Civil Veterinary Dept. Assam report 1927-50 - 1927-1950
Year: 1927
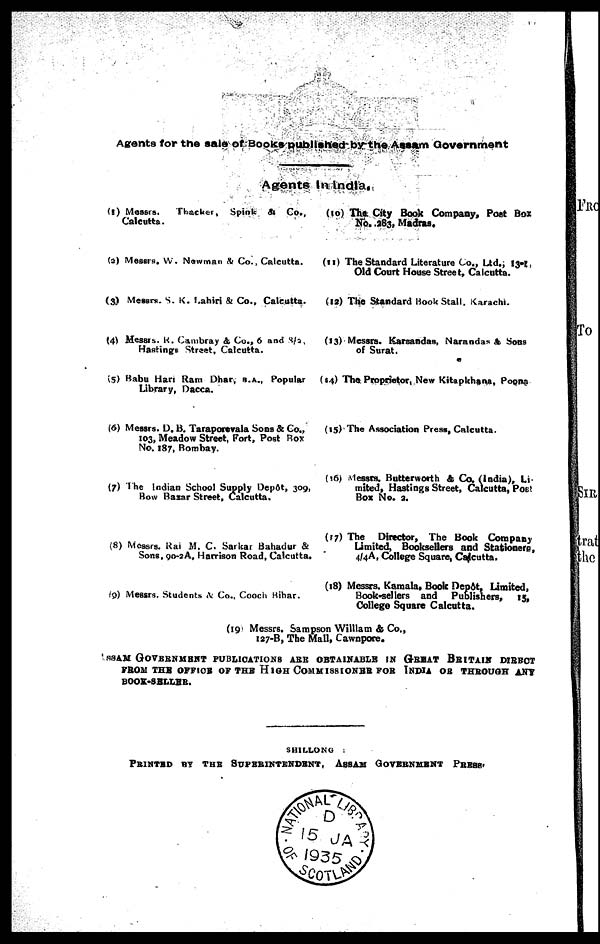
Agents for the sale of Books published by the Assam Government
Agents In India.
(1) Messrs.
Thacker, Spink & Co.,
Calcutta.
(a) Messrs. W. Nowman & Co., Calcutta.
(3) Messrs. S. K. Lahiri & Co., Calcutta.
(4) Messrs. K. Cambray & Co., 6 and 8/3,
Hastings Street, Calcutta.
(5) Babu Han Ram Dhar, B.A., Popular
Library, Dacca.
(6) Messrs. D. B. Taraporavala Sons & Co.,
103, Meadow Street, Port, Post Box
No. 187, Bombay.
(7) The Indian School Supply Depot, 309,
How Basar Street, Calcutta.
(8) Messrs. Rai M. C. Sarkar Bahadur &
Sons, 99-2A, Harrison Road, Calcutta,
(9) Messrs. Students N Co., Cooch Bihar.
(10) The City Book Company, Post Box
No. 283, Madras.
(11) The Standard Literature Co., Ltd., 13-1,
Old Court House Street, Calcutta.
(12) The Standard Book Stall. Karachi.
(13) Messrs. Karaandas, Narandas & Sons
of Surat.
(14) The Proprietor, New Kitapkhana, Poons
(15) The Association Press, Calcutta.
(16) Messes. Butterworth & Co. (India), Li-
mited, Hastings Street, Calcutta, Post
Box No. 3.
(17) The Director, The Book Company
Limited, Booksellers and Stationers,
4/4A, College Square, Calcutta.
(18) Messrs. Kamala, Book Depôt, Limited,
Book-sellers and Publishers, 15,
College Square Calcutta.
(19 Messrs. Sampson William & Co.,
127-B, The Mall, Cawnpore.
ASSAM GOVERNMENT PUBLICATIONS ARE OBTAINABLE IN GREAT BRITAIN DIRECT
FROM THE OFFICE OF THE HIGH COMMISSIONER FOR INDIA OF THROUGH ANY
BOOK-SELLER.
PRINTED BY THE SUPERINTENDENT, ASSAM GOVERNMENT PRESS.